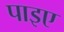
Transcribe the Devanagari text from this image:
पाइए